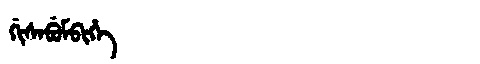
Manchu: ᡤᡳᠰᠠᠪᡠᠮᠪᡳᡥᡝ
Romanization: GISABUMBIHE